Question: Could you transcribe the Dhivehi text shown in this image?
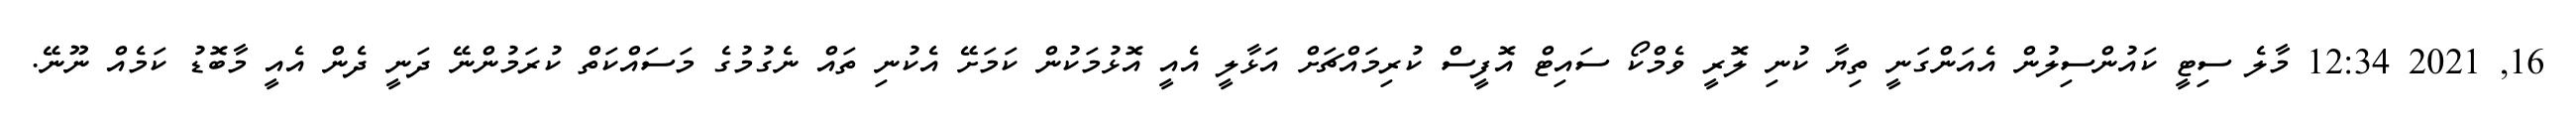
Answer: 16, 2021 12:34 މާލެ ސިޓީ ކައުންސިލުން އެއަންގަނީ ތިޔާ ކުނި ލޮރީ ވެމްކޯ ސައިޓް އޮފީސް ކުރިމައްޗަށް އަޅާލީ އެއީ އޮޅުމަކުން ކަމަށޭ އެކުނި ތައް ނެގުމުގެ މަސައްކަތް ކުރަމުންނޭ ދަނީ ދެން އެއީ މާބޮޑު ކަމެއް ނޫނޭ.